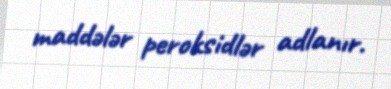
maddələr peroksidlər adlanır.